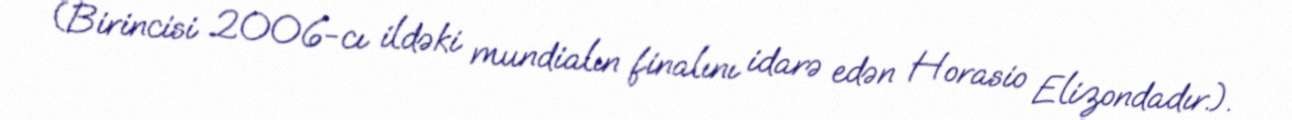
(Birincisi 2006-cı ildəki mundialın finalını idarə edən Horasio Elizondadır.).